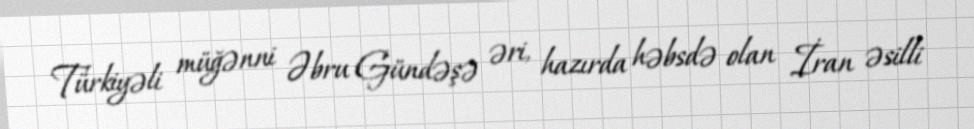
Türkiyəli müğənni Əbru Gündəşə əri, hazırda həbsdə olan İran əsilli